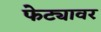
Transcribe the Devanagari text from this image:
फेट्यावर